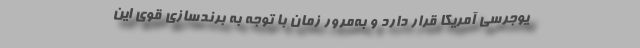
یوجرسی آمریکا قرار دارد و به‌مرور زمان با توجه به برندسازی قوی این